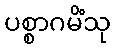
ပစ္စာဂမိံသု